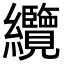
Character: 纜